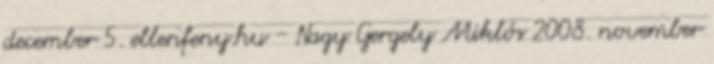
december 5. ellenfeny.hu - Nagy Gergely Miklós 2008. november